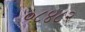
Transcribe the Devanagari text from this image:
०८४८२